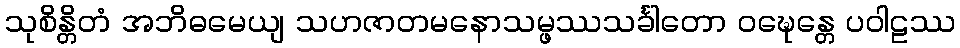
သုစိန္တိတံ အဘိဓမေယျ သဟဇာတမနောသမ္ဖဿသင်္ခါတော ဝဍ္ဎေန္တေ ပဝါဠဿ